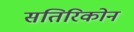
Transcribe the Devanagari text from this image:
सतिरिकोन